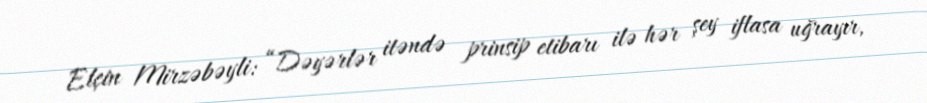
Elçin Mirzəbəyli: “Dəyərlər itəndə prinsip etibarı ilə hər şey iflasa uğrayır,